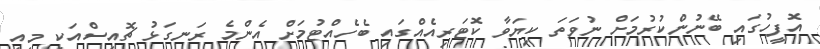
އޮފީހުގައި ބޭނުންކުރުމަށް ނުވަތަ ކިޔަވާ ކޮޓަރިއެއްގައި ބެހެއްޓުމަށް އެންމެ ރަނގަޅު ޗޮއިސްއަކީ މިއީ